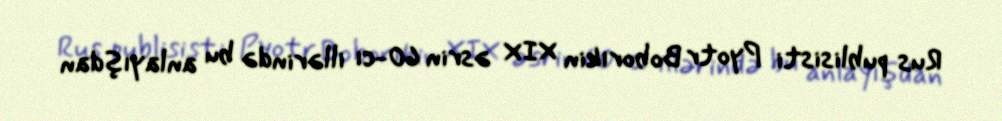
Rus publisisti Pyotr Boborıkin XIX əsrin 60-cı illərində bu anlayışdan